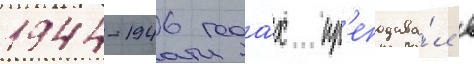
1944-1946 года́х пр'еподава́л в